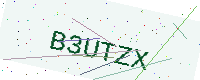
Text: B3UTZX